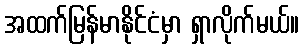
အထက်မြန်မာနိုင်ငံမှာ ရှာလိုက်မယ်။